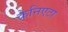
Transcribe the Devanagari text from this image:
क्रेनिएटा